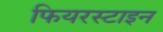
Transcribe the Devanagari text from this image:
फियरस्टाइन